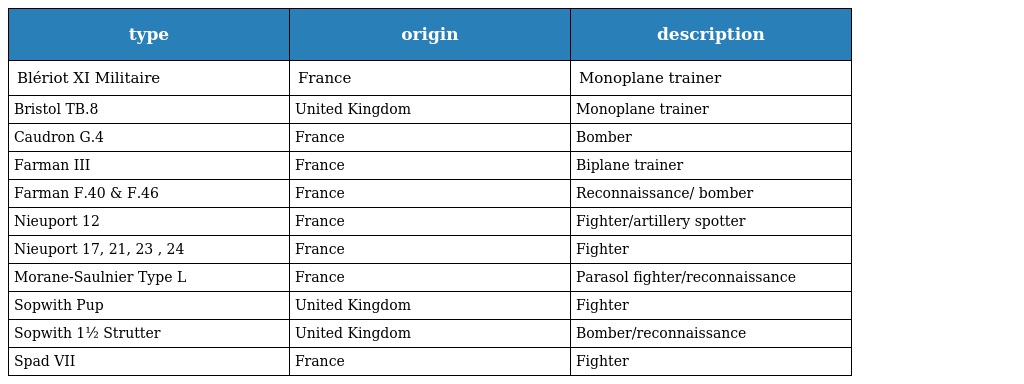
| type | origin | description |
 | --- | --- | --- |
 | Blériot XI Militaire | France | Monoplane trainer |
 | Bristol TB.8 | United Kingdom | Monoplane trainer |
 | Caudron G.4 | France | Bomber |
 | Farman III | France | Biplane trainer |
 | Farman F.40 & F.46 | France | Reconnaissance/ bomber |
 | Nieuport 12 | France | Fighter/artillery spotter |
 | Nieuport 17, 21, 23 , 24 | France | Fighter |
 | Morane-Saulnier Type L | France | Parasol fighter/reconnaissance |
 | Sopwith Pup | United Kingdom | Fighter |
 | Sopwith 1½ Strutter | United Kingdom | Bomber/reconnaissance |
 | Spad VII | France | Fighter |